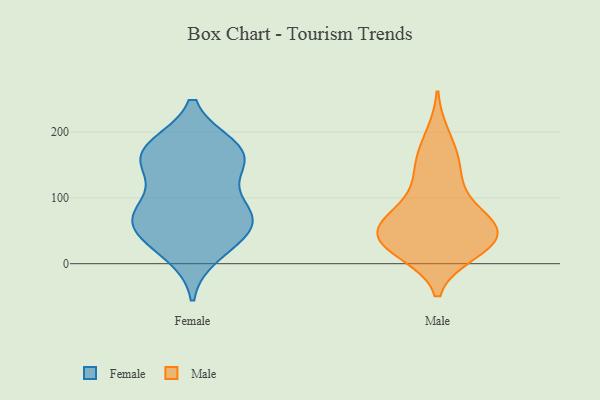
{"axis": {"x": "Demand Index", "y": "Value"}, "legend": ["Female", "Male"], "data": [{"x": "", "y": 177, "type": "Female"}, {"x": "", "y": 79, "type": "Female"}, {"x": "", "y": 72, "type": "Female"}, {"x": "", "y": 45, "type": "Female"}, {"x": "", "y": 35, "type": "Female"}, {"x": "", "y": 61, "type": "Female"}, {"x": "", "y": 81, "type": "Female"}, {"x": "", "y": 167, "type": "Female"}, {"x": "", "y": 144, "type": "Female"}, {"x": "", "y": 78, "type": "Female"}, {"x": "", "y": 176, "type": "Female"}, {"x": "", "y": 16, "type": "Female"}, {"x": "", "y": 166, "type": "Female"}, {"x": "", "y": 152, "type": "Female"}, {"x": "", "y": 48, "type": "Male"}, {"x": "", "y": 60, "type": "Male"}, {"x": "", "y": 39, "type": "Male"}, {"x": "", "y": 47, "type": "Male"}, {"x": "", "y": 194, "type": "Male"}, {"x": "", "y": 158, "type": "Male"}, {"x": "", "y": 123, "type": "Male"}, {"x": "", "y": 39, "type": "Male"}, {"x": "", "y": 90, "type": "Male"}, {"x": "", "y": 18, "type": "Male"}, {"x": "", "y": 149, "type": "Male"}, {"x": "", "y": 61, "type": "Male"}, {"x": "", "y": 20, "type": "Male"}, {"x": "", "y": 27, "type": "Male"}, {"x": "", "y": 71, "type": "Male"}]}